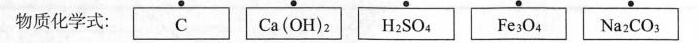
物质化学式：C Ca(OH)_{2} H_{2}SO4_{4} Fe_{3}O_{4} Na_{2}CO_{3}